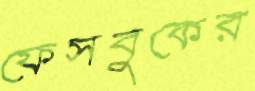
ফেসবুকের